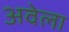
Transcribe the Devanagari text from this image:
अवेला